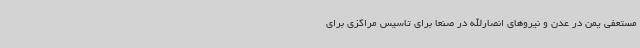
مستعفی یمن در عدن و نیروهای انصارالله در صنعا برای تاسیس مراکزی برای